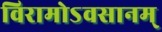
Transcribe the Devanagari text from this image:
विरामोऽवसानम्